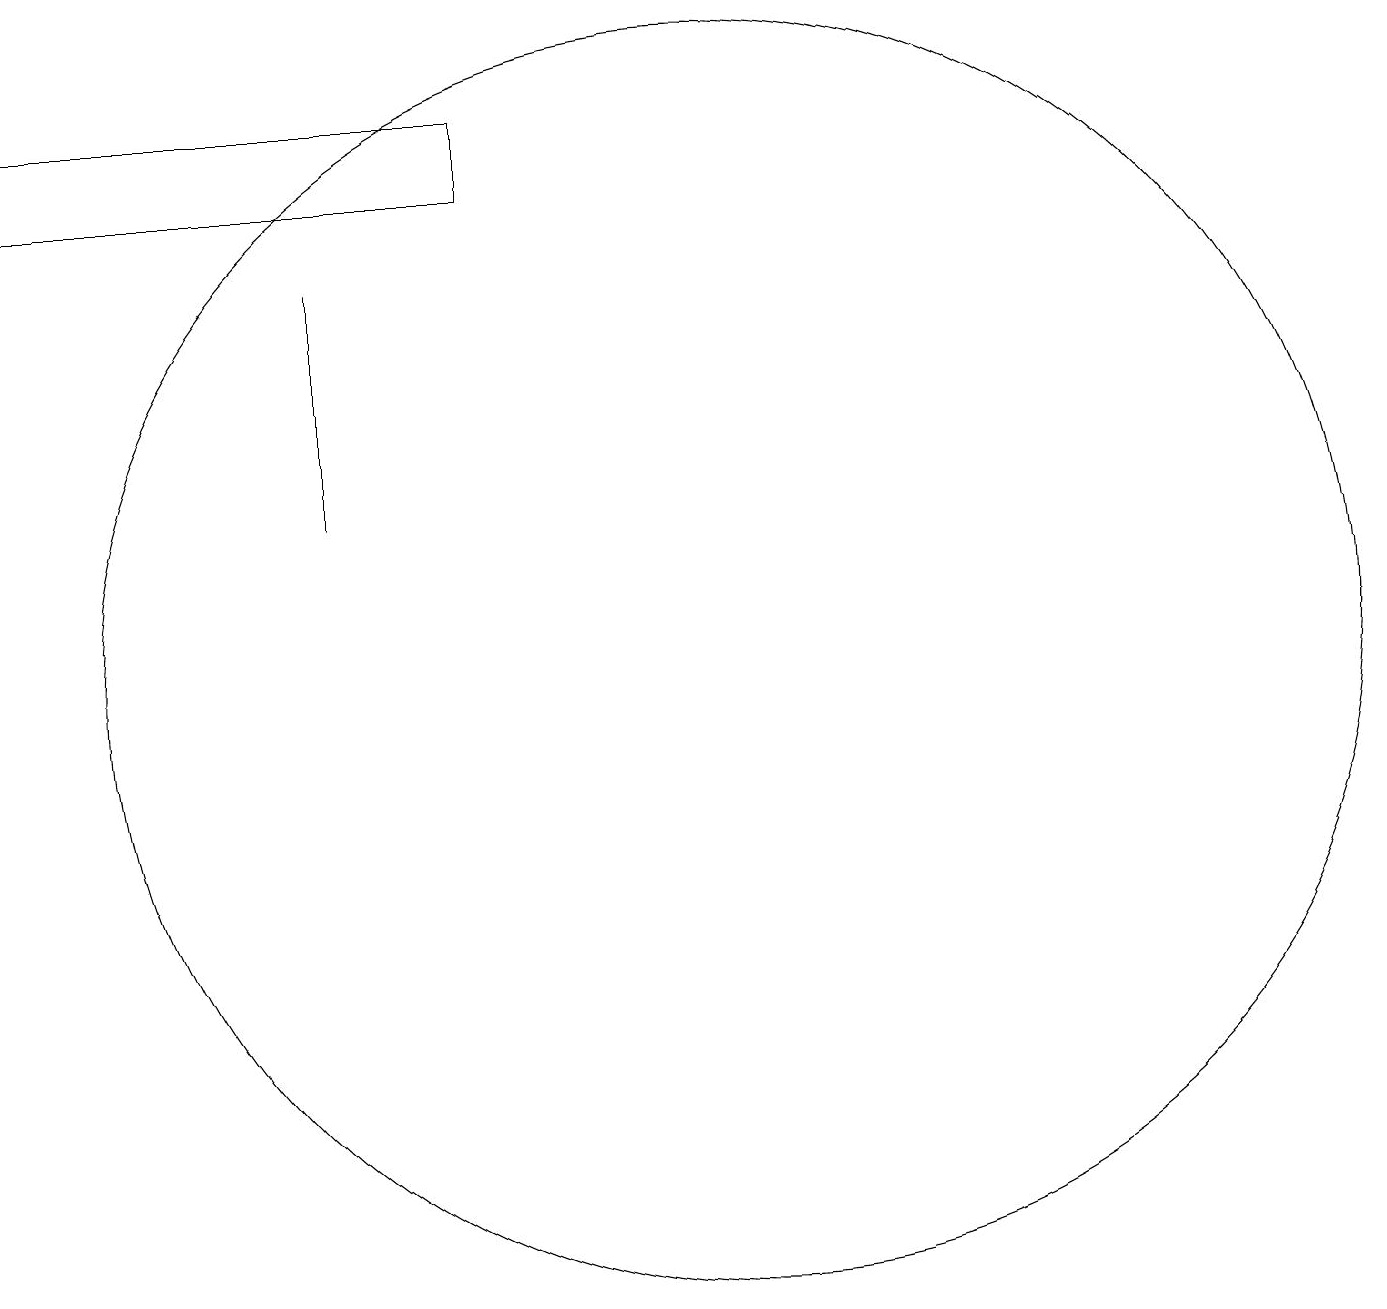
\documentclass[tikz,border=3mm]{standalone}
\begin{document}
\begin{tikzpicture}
\draw (7,16) rectangle (1,17);
\draw (10,10) circle (8);
\draw (5,15) rectangle (5,12);
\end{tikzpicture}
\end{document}